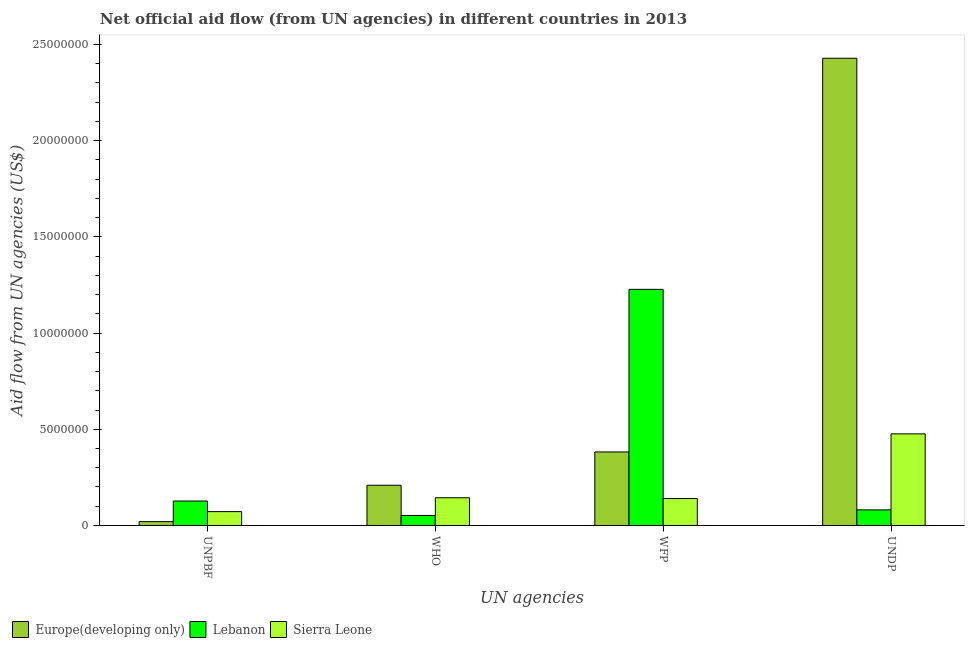
| UN agencies | Europe(developing only) | Lebanon | Sierra Leone |
 | --- | --- | --- | --- |
 | UNPBF | 2e+05 | 1.27e+06 | 7.2e+05 |
 | WHO | 2.09e+06 | 5.2e+05 | 1.44e+06 |
 | WFP | 3.82e+06 | 1.23e+07 | 1.4e+06 |
 | UNDP | 2.43e+07 | 8.1e+05 | 4.76e+06 |